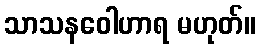
သာသနဝေါဟာရ မဟုတ်။